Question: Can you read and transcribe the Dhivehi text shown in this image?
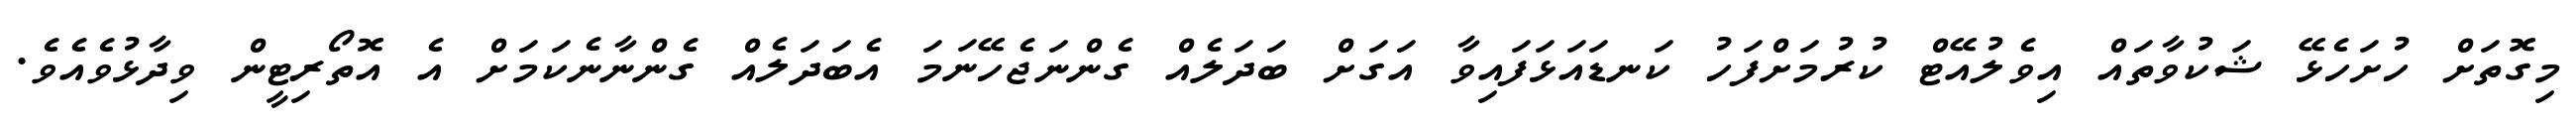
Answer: މިގޮތަށް ހުށަހެޅޭ ޝަކުވާތައް އިވެލުއޭޓް ކުރުމަށްފަހު ކަނޑައަޅަފައިވާ އަގަށް ބަދަލެއް ގެންނަޖެހޭނަމަ އެބަދަލެއް ގެންނާނެކަމަށް އެ އޮތޯރިޓީން ވިދާޅުވެއެވެ.